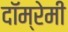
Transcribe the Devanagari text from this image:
दॉम्रेमी